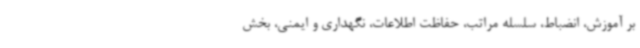
بر آموزش، انضباط، سلسله مراتب، حفاظت اطلاعات، نگهداری و ایمنی، بخش